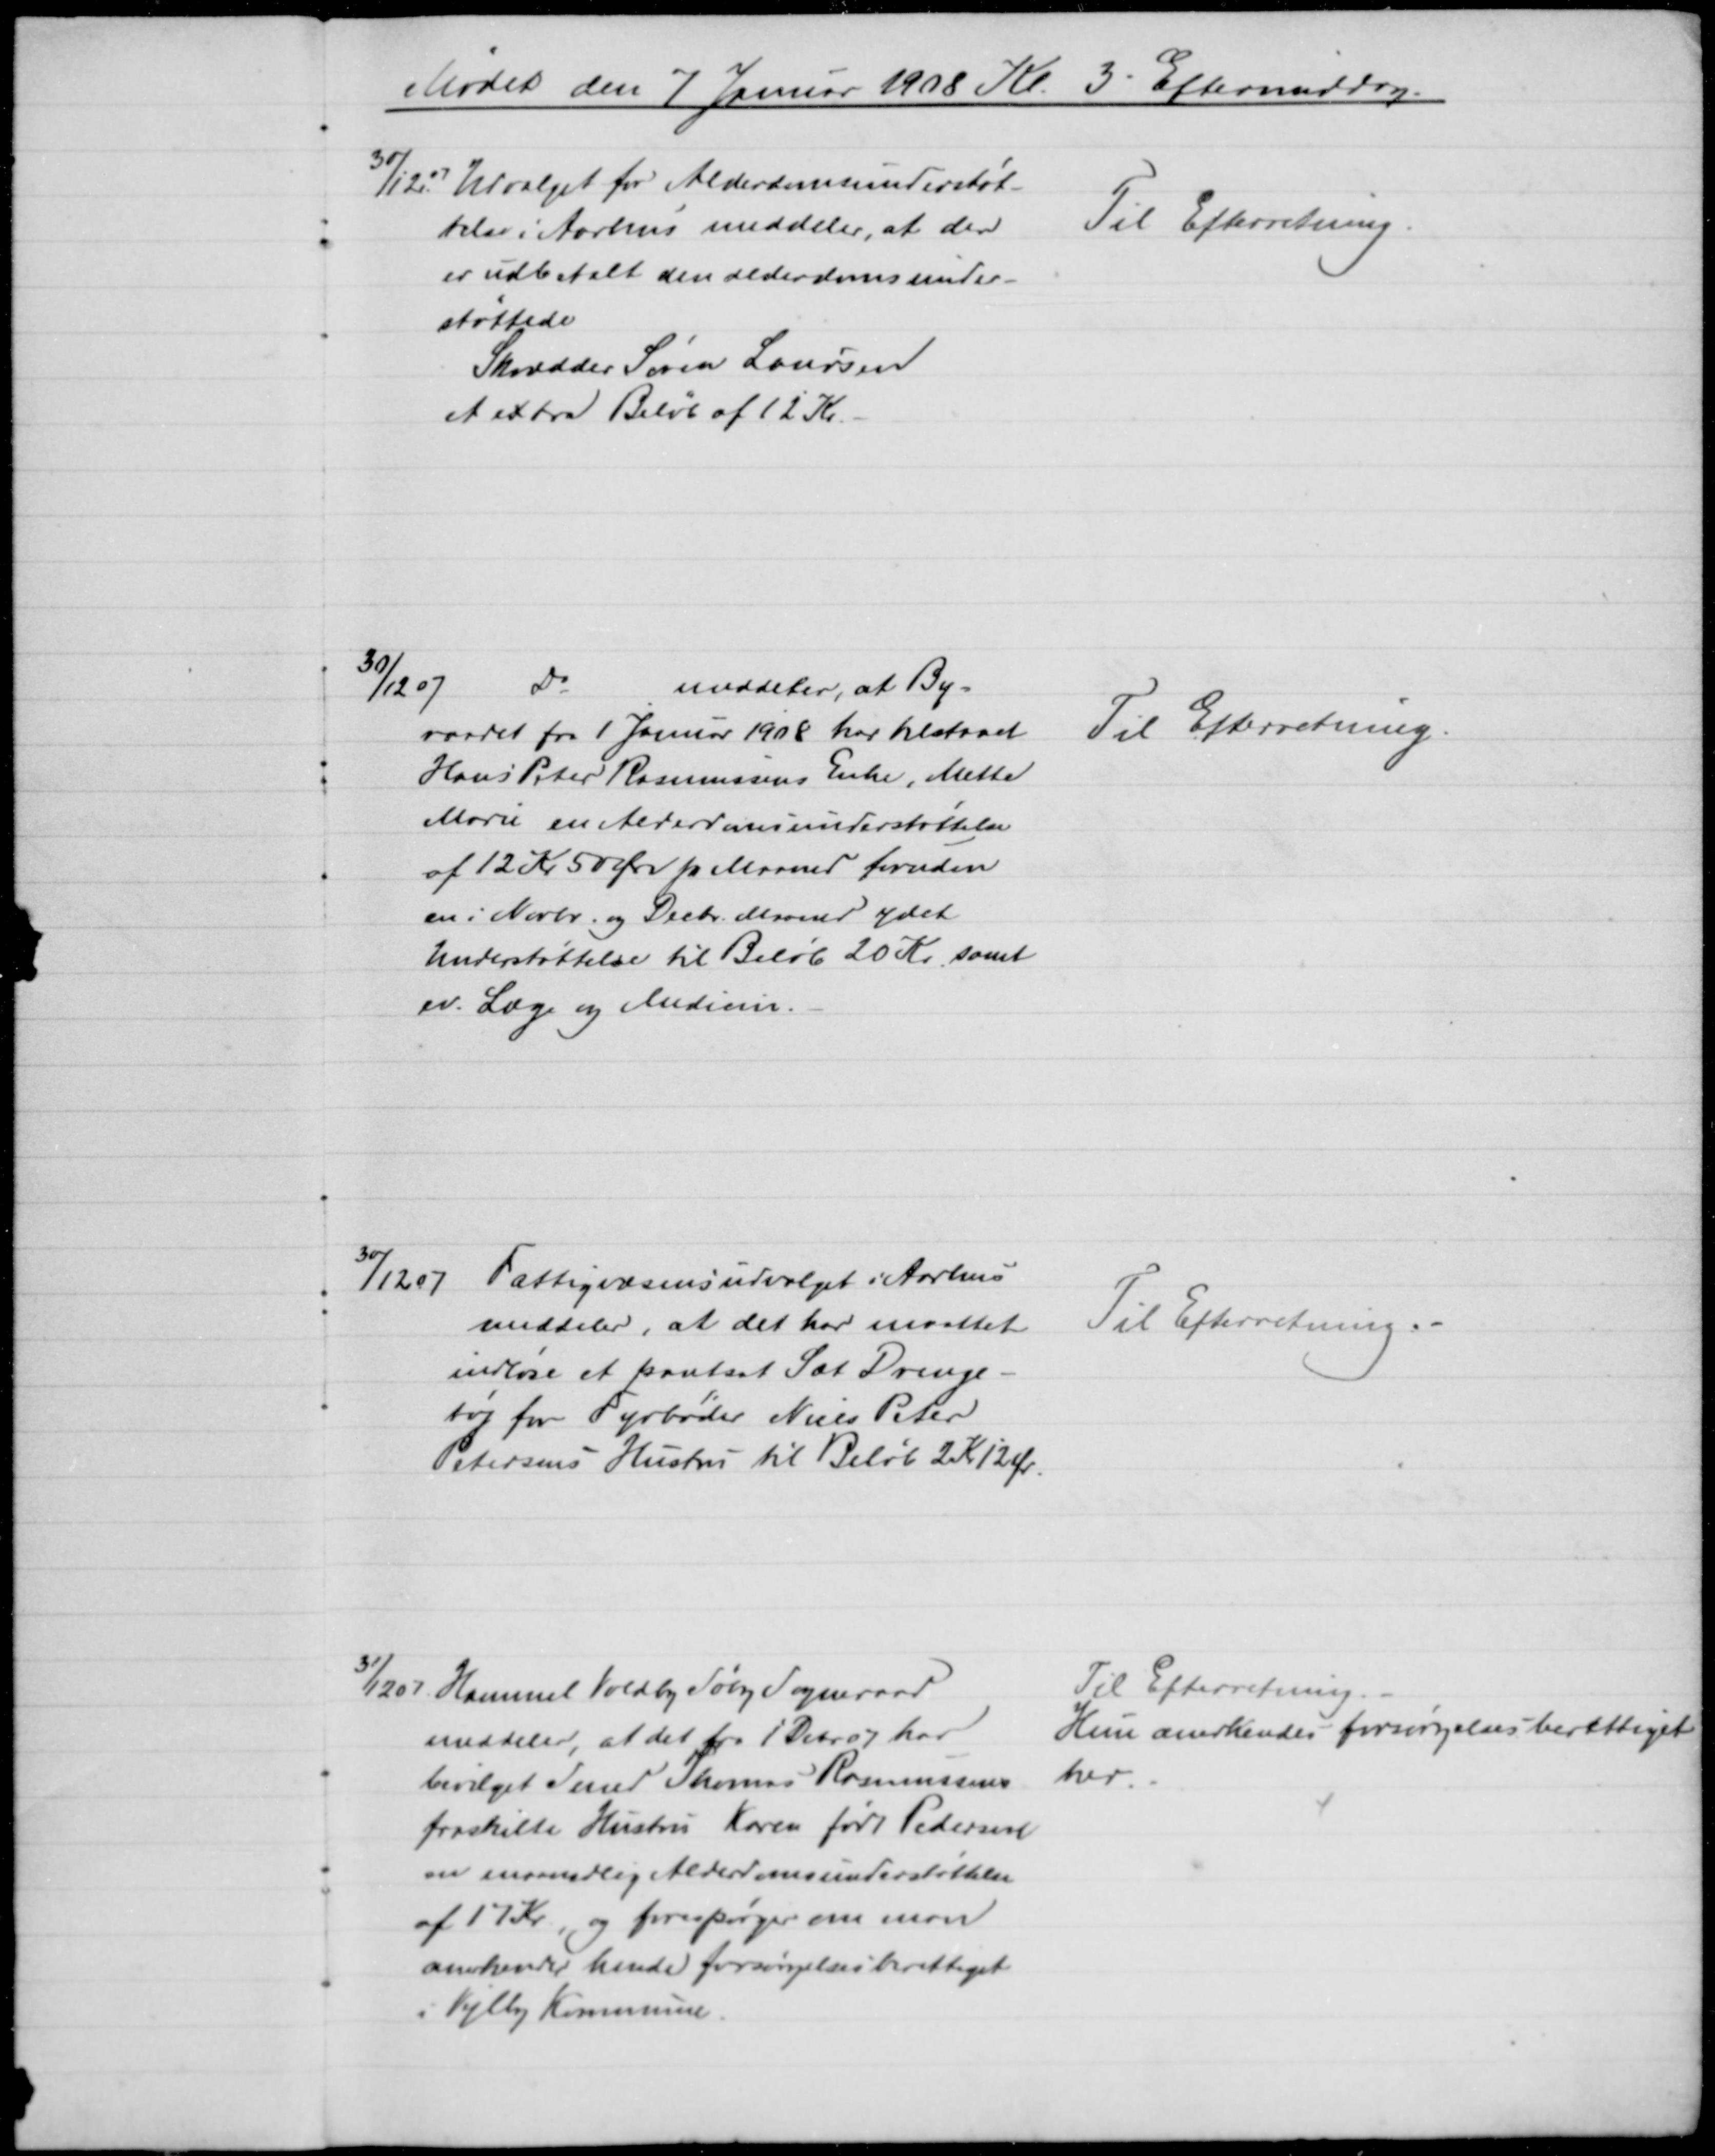
Transskription:
Mødet den 7 Januar 1908 Kl. 3 Eftermiddag.
30/12 07 Udvalget for Alderdomsunderstøt-
Til Efterretning.
telse i Aarhus meddeler, at der
er udbetalt den alderdomsunder-
støttede
Skrædder Søren Laursen
et extra Beløb af 12 Kr.
30/12 07
Do
meddeler, at By-
raadet fra 1 Januar 1908 har tilstaaet
Hans Peter Rasmussens Enke, Mette
Marie en Alderdomsunderstøttelse
af 12 Kr 50 Øre pr Maaned foruden
en i Novbr. og Decbr. Maaned ydet
Understøttelse til Beløb 20 Kr., samt 
ev. Læge og Medicin.
Til Efterretning.
30/12 07
Fattigvæsensudvalget i Aarhus
meddeler, at det har maattet
indløse et pantsat Sæt Drenge-
tøj for Fyrbøder Niels Peter
Petersens Hustru til Beløb 2 Kr. 12 Ør
Til Efterretning.
31/12 07 Hammel Voldby Søby Sogneraad
meddeler, at det fra 1 Debr 07 har
bevilget Smed Thomas Rasmussens
fraskilte Hustru Karen født Pedersen
en maanedlig Alderdomsunderstøttelse
af 17 Kr, og forespørger om man
anerkender hende forsørgelsesberettiget
i Vejlby Kommune.
Til Efterretning.
Hun anerkendes forsørgelsesberettiget 
her.